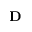
\mathbf { D }